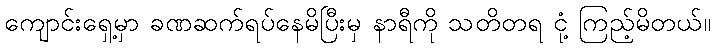
ကျောင်းရှေ့မှာ ခဏဆက်ရပ်နေမိပြီးမှ နာရီကို သတိတရ ငုံ့ ကြည့်မိတယ်။